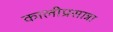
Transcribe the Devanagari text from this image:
कालीप्रसान्ना